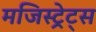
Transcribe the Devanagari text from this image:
मजिस्ट्रेट्स